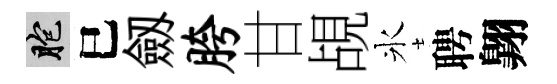
胞巳劔胯甘覘氷聘翺